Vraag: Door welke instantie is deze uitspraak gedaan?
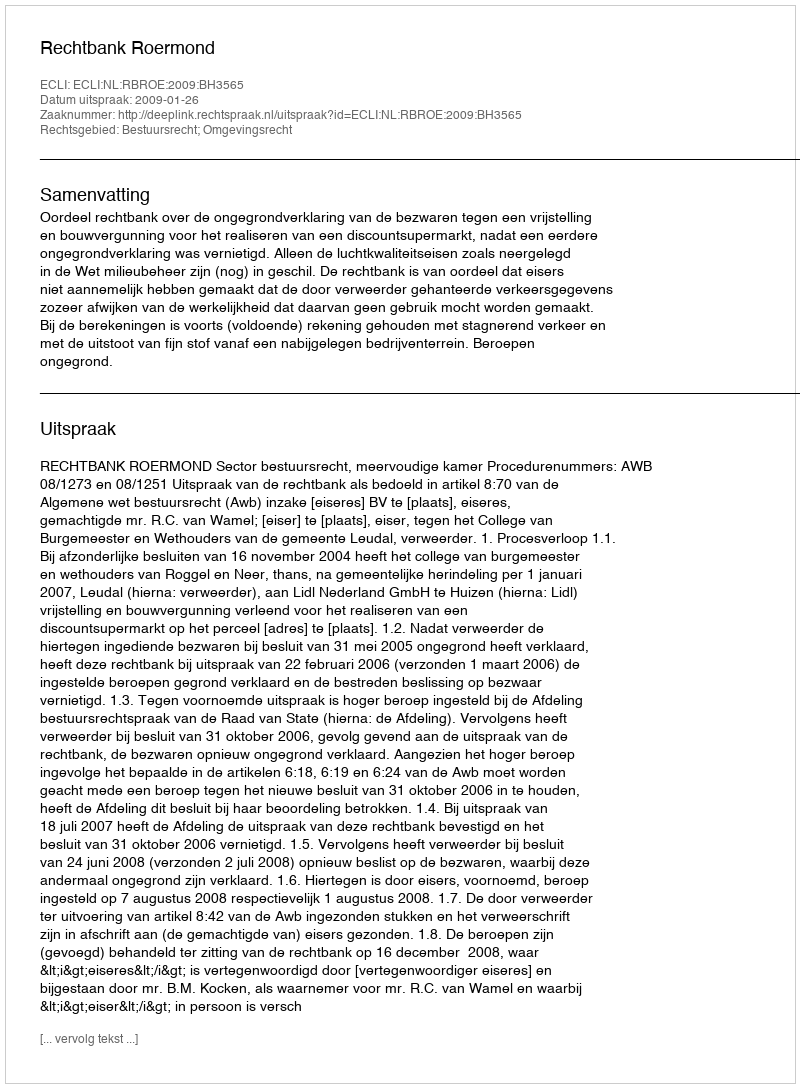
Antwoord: Rechtbank Roermond